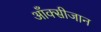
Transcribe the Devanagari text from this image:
आँक्सीजान